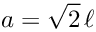
a = \sqrt { 2 } \, \ell